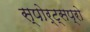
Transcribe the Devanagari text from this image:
स्पोर्ट्‌सप्रो